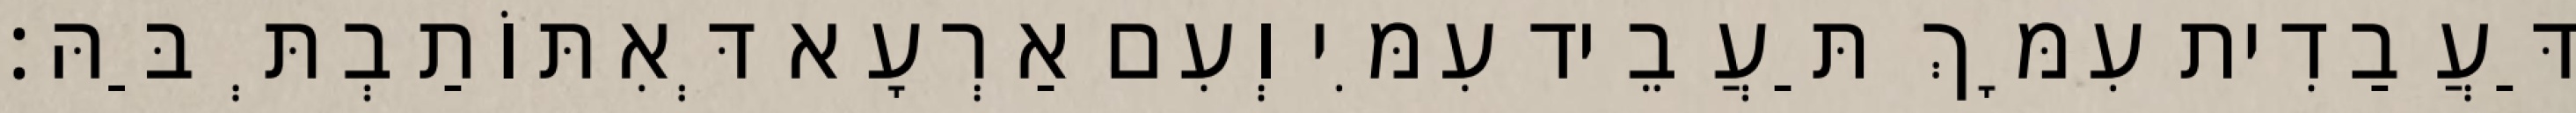
דַּעֲבַדִית עִמָּךְ תַּעֲבֵיד עִמִּי וְעִם אַרְעָא דְּאִתּוֹתַבְתְּ בַּהּ׃